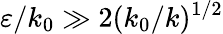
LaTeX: \varepsilon/k_{0}\gg 2(k_{0}/k)^{1/2}